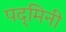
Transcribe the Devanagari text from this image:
पद्‌मिनी